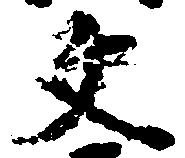
文